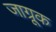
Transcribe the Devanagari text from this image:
जाग्रूक